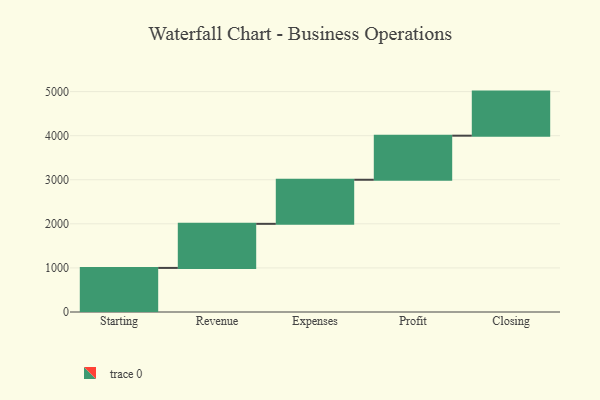
{"axis": {"x": "Step", "y": "Value"}, "legend": [""], "data": [{"x": "Starting", "y": 1000, "type": ""}, {"x": "Revenue", "y": 1000, "type": ""}, {"x": "Expenses", "y": 1000, "type": ""}, {"x": "Profit", "y": 1000, "type": ""}, {"x": "Closing", "y": 1000, "type": ""}]}